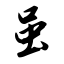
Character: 虽